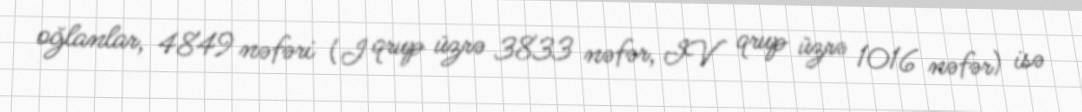
oğlanlar, 4849 nəfəri (I qrup üzrə 3833 nəfər, IV qrup üzrə 1016 nəfər) isə